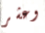
وعشر